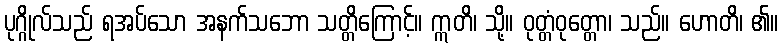
ပုဂ္ဂိုလ်သည် ရအပ်သော အနက်သဘော သတ္တိကြောင့်။ ဣတိ၊ သို့။ ဝုတ္တံဝုတ္တော၊ သည်။ ဟောတိ၊ ၏။